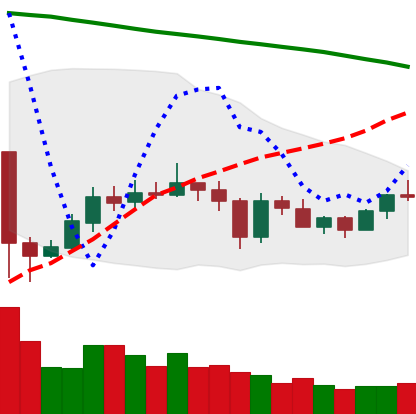
Ticker: EOS-USD
Chart end date: 2020-05-29
Forward return: 3.341%
Label: up_3_5